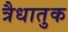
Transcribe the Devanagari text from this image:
त्रैधातुक